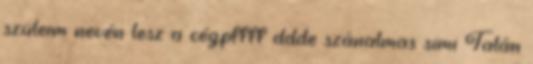
szüleim nevén lesz a cég.pffff ddde szánalmas simi Talán